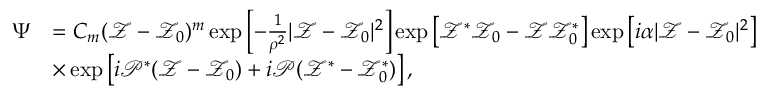
\begin{array} { r l } { \Psi } & { = C _ { m } ( \mathcal { Z } - \mathcal { Z } _ { 0 } ) ^ { m } \exp \left[ - \frac { 1 } { \rho ^ { 2 } } | \mathcal { Z } - \mathcal { Z } _ { 0 } | ^ { 2 } \right] \exp \left[ \mathcal { Z } ^ { * } \mathcal { Z } _ { 0 } - \mathcal { Z } \mathcal { Z } _ { 0 } ^ { * } \right] \exp \left[ i \alpha | \mathcal { Z } - \mathcal { Z } _ { 0 } | ^ { 2 } \right] } \\ & { \times \exp \left[ i \mathcal { P } ^ { * } ( \mathcal { Z } - \mathcal { Z } _ { 0 } ) + i \mathcal { P } ( \mathcal { Z } ^ { * } - \mathcal { Z } _ { 0 } ^ { * } ) \right] , } \end{array}